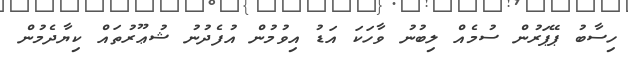
ހިސާބު ޕޭޕަރުން ސުމެއް ލިބުނު ވާހަކަ އަޑު އިވުމުން އުފެދުނު ޝުޢޫރުތައް ކިޔާދެމުން